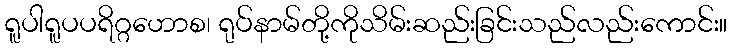
ရူပါရူပပရိဂ္ဂဟောစ၊ ရုပ်နာမ်တို့ကိုသိမ်းဆည်းခြင်းသည်လည်းကောင်း။